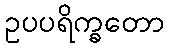
ဥပပရိက္ခတော